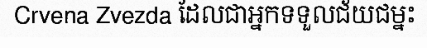
Crvena Zvezda ដែលជាអ្នកទទួលជ័យជម្នះ